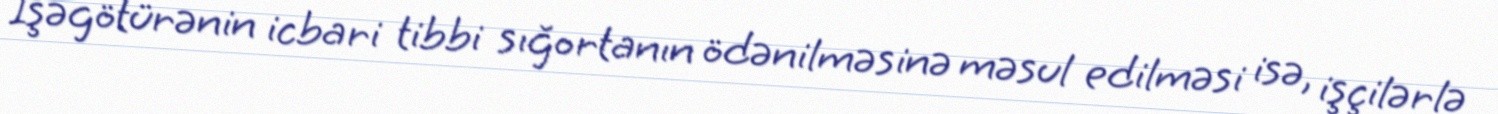
İşəgötürənin icbari tibbi sığortanın ödənilməsinə məsul edilməsi isə, işçilərlə